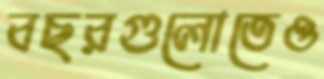
বছরগুলোতেও